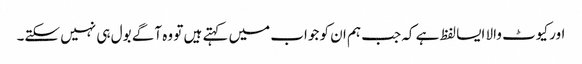
اور کیوٹ والا ایسا لفظ ہے کہ جب ہم ان کو جواب میں کہتے ہیں تو وہ آگے بول ہی نہیں سکتے۔